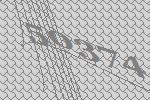
50374